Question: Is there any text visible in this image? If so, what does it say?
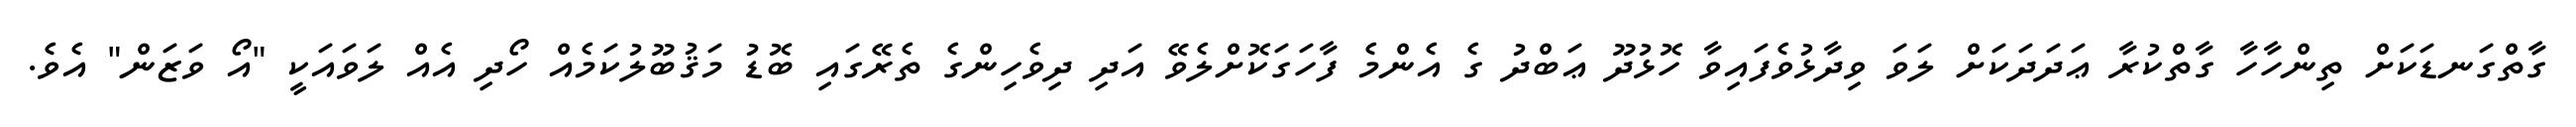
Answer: ގާތްގަނޑަކަށް ތިންހާހާ ގާތްކުރާ ޢަދަދަކަށް ލަވަ ވިދާޅުވެފައިވާ ހޮޅުދޫ ޢަބްދު ގެ އެންމެ ފާހަގަކޮށްލެވޭ އަދި ދިވެހިންގެ ތެރޭގައި ބޮޑު މަޤުބޫލުކަމެއް ހޯދި އެއް ލަވައަކީ "އޯ ވަޒަން" އެވެ.